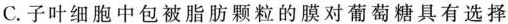
C.子叶细胞中包被脂肪颗粒的膜对葡萄糖具有选择